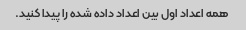
همه اعداد اول بین اعداد داده شده را پیدا کنید.